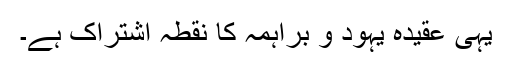
یہی عقیدہ یہود و براہمہ کا نقطہ اشتراک ہے۔